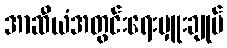
အာဆီယံအတွင်းရေးမှူးချုပ်